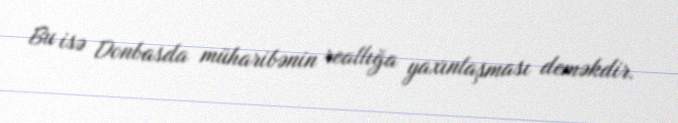
Bu isə Donbasda müharibənin reallığa yaxınlaşması deməkdir.